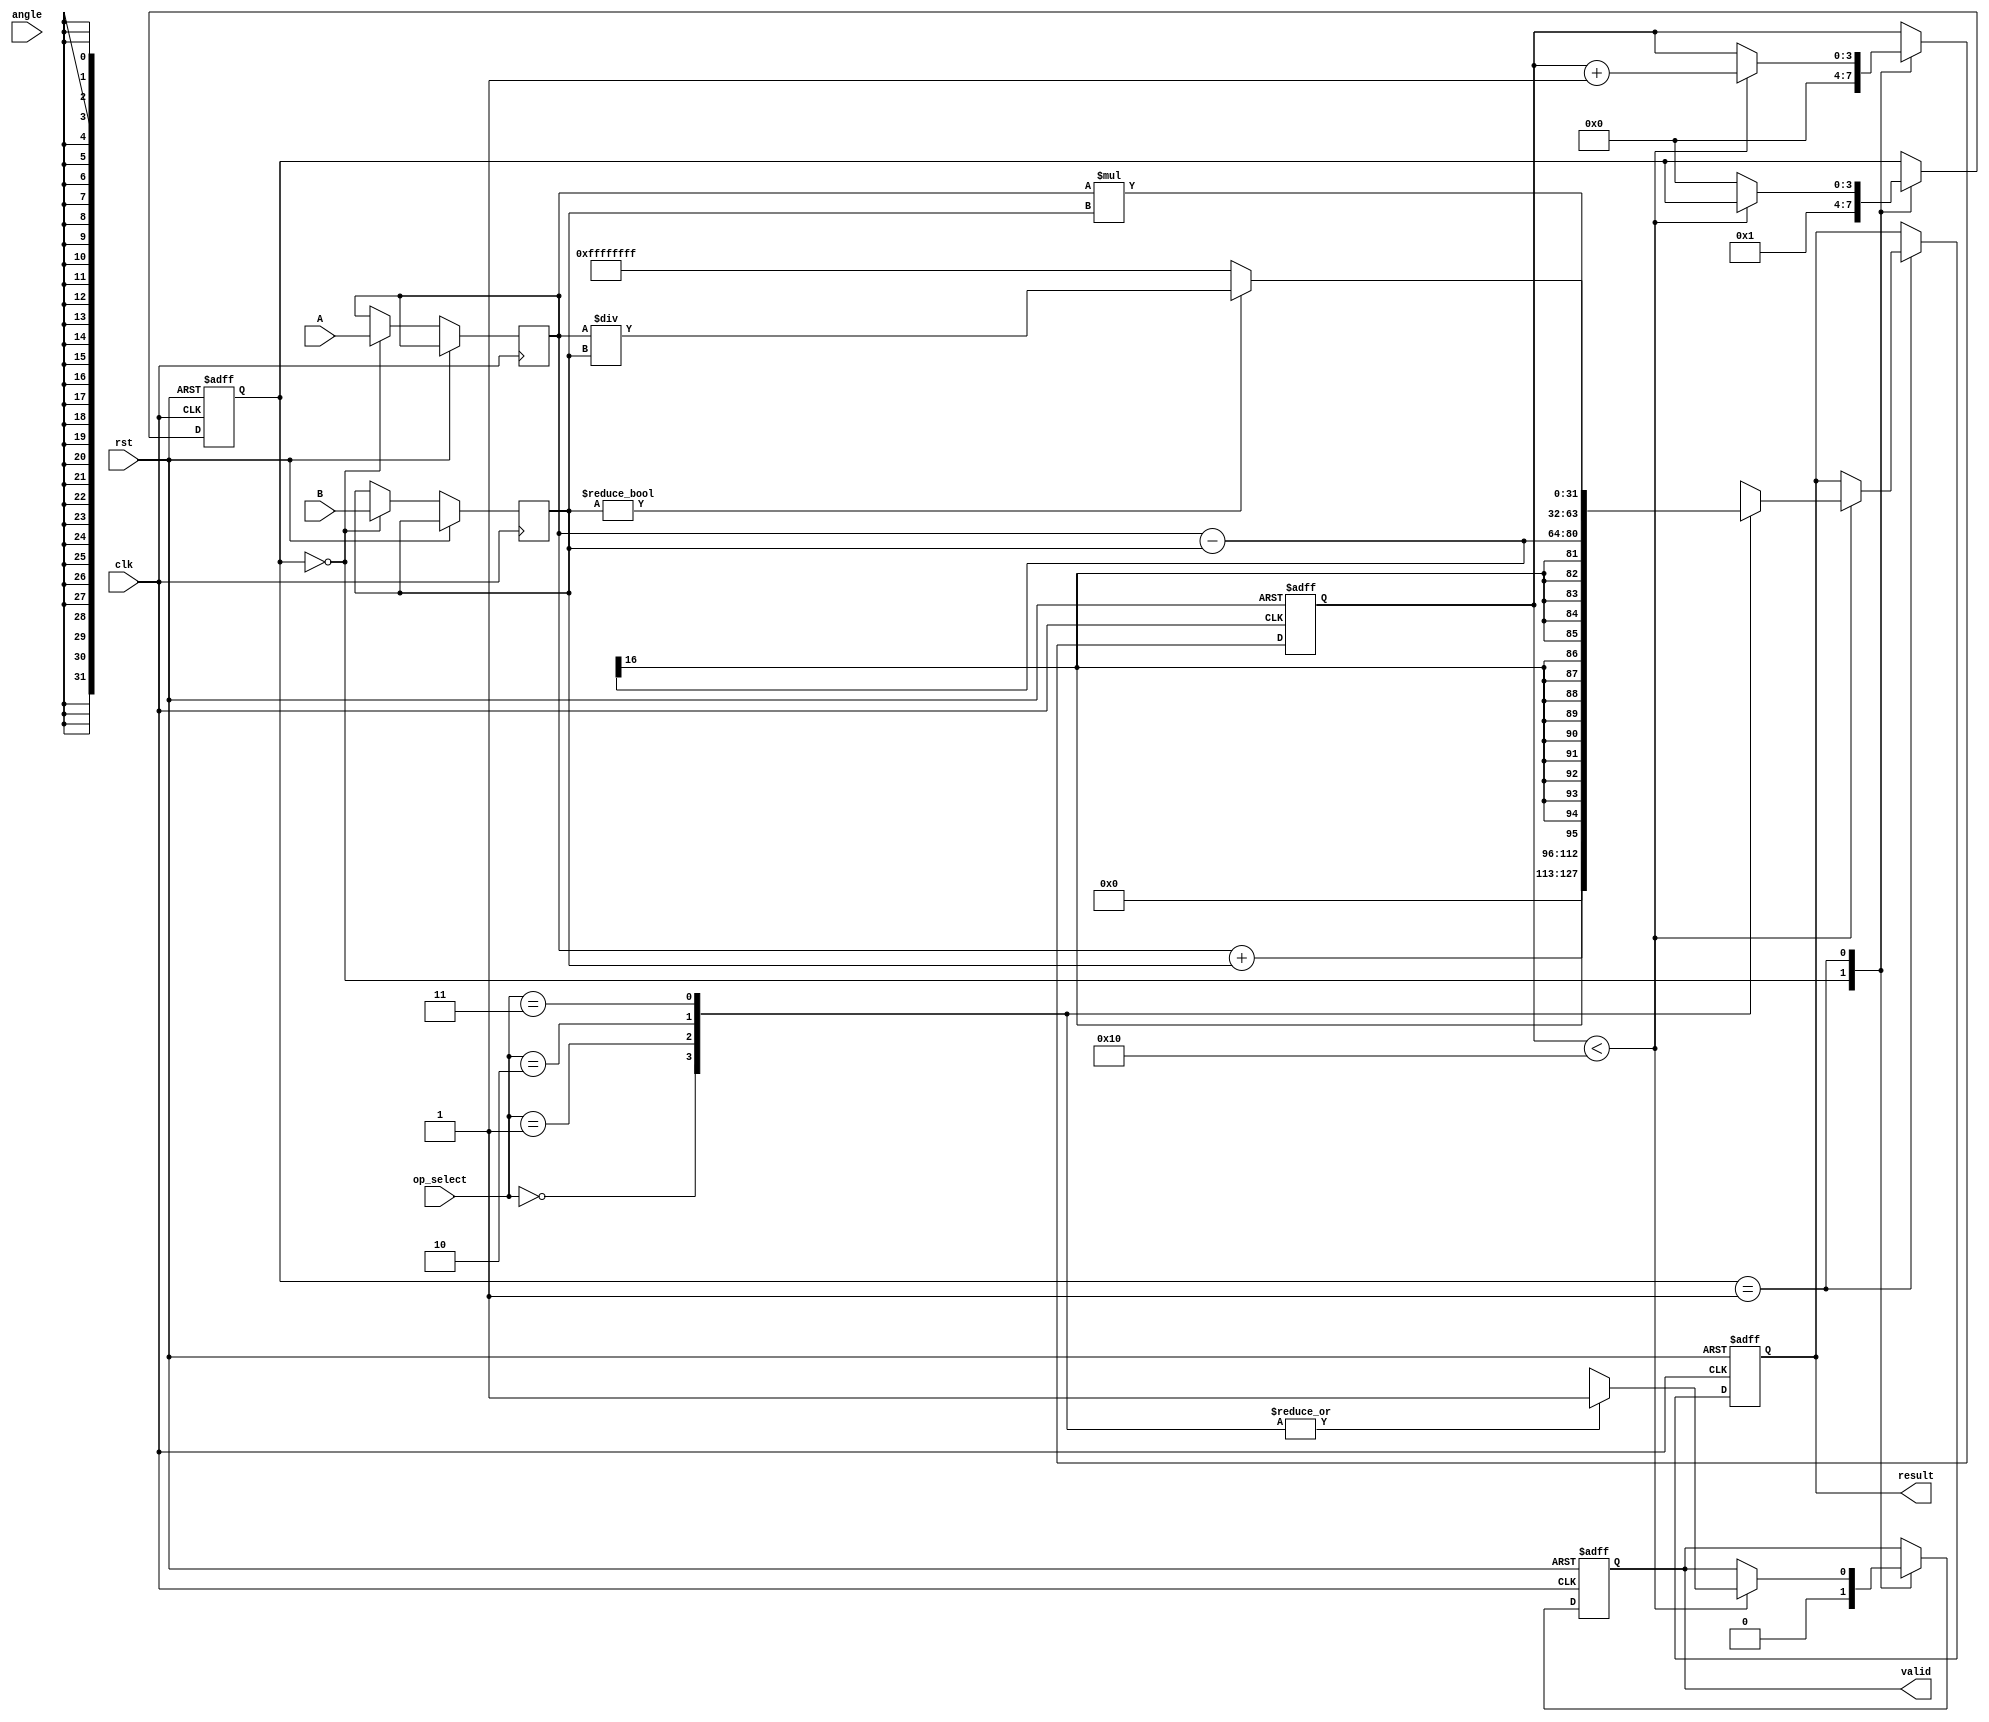
module unified_cordic (
    input wire clk,
    input wire rst,
    input wire [15:0] A, // Operand A
    input wire [15:0] B, // Operand B
    input wire [1:0] op_select, // Operation selector
    input wire [15:0] angle, // Angle input for trigonometric functions
    output reg [31:0] result, // Result output
    output reg valid // Result valid flag
);

    // Parameters
    parameter N = 16; // Number of iterations
    parameter ADD = 2'b00, SUB = 2'b01, MUL = 2'b10, DIV = 2'b11;

    // Internal signals
    reg [15:0] x, y, z; // CORDIC variables
    reg [15:0] angle_table [0:N-1]; // Angle lookup table
    reg [3:0] state;
    reg [3:0] iteration;

    // Initialize angle lookup table (example values)
    initial begin
        angle_table[0] = 16'h1C71; // atan(2^-0)
        angle_table[1] = 16'h1B7D; // atan(2^-1)
        angle_table[2] = 16'h1A8A; // atan(2^-2)
        // ... Fill in the rest of the table
    end

    // Control Unit
    always @(posedge clk or posedge rst) begin
        if (rst) begin
            state <= 0;
            valid <= 0;
            iteration <= 0;
            result <= 0;
        end else begin
            case (state)
                0: begin // Initialization
                    x <= A;
                    y <= B;
                    z <= angle;
                    iteration <= 0;
                    valid <= 0;
                    state <= 1;
                end
                1: begin // CORDIC iterations
                    if (iteration < N) begin
                        case (op_select)
                            ADD: begin
                                result <= x + y; // Simple addition
                                valid <= 1;
                            end
                            SUB: begin
                                result <= x - y; // Simple subtraction
                                valid <= 1;
                            end
                            MUL: begin
                                // Multiplication using shift and add (simplified)
                                result <= x * y; // Replace with iterative method if needed
                                valid <= 1;
                            end
                            DIV: begin
                                // CORDIC division (vectoring mode)
                                if (y != 0) begin
                                    // Perform CORDIC division logic here
                                    // Placeholder for division result
                                    result <= x / y; // Replace with iterative method if needed
                                    valid <= 1;
                                end else begin
                                    // Handle division by zero
                                    result <= 32'hFFFFFFFF; // Indicate error
                                    valid <= 1;
                                end
                            end
                        endcase
                        iteration <= iteration + 1;
                    end else begin
                        state <= 0; // Reset state after iterations
                    end
                end
            endcase
        end
    end

endmodule